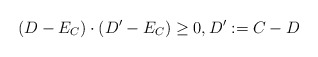
\begin{align*}(D-E_C)\cdot(D'-E_C)\geq0, D':=C-D\end{align*}